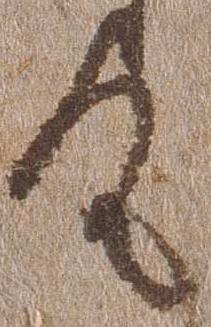
具